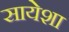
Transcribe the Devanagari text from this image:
सायेशा